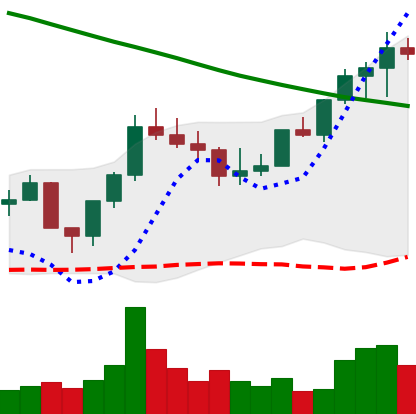
Ticker: LINK-USD
Chart end date: 2022-08-11
Forward return: -5.559%
Label: down_5_7